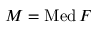
M = \mathop { \mathrm { M e d } } F